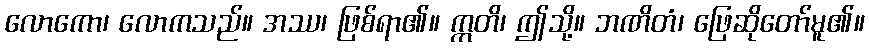
လောကော၊ လောကသည်။ အဿ၊ ဖြစ်ရာ၏။ ဣတိ၊ ဤသို့။ ဘဏိတံ၊ ဖြေဆိုတော်မူ၏။